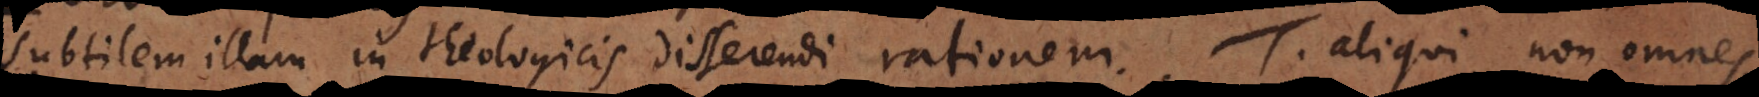
subtilem illam in Theologicis disserendi rationem. T. Aliqui, non omnes.